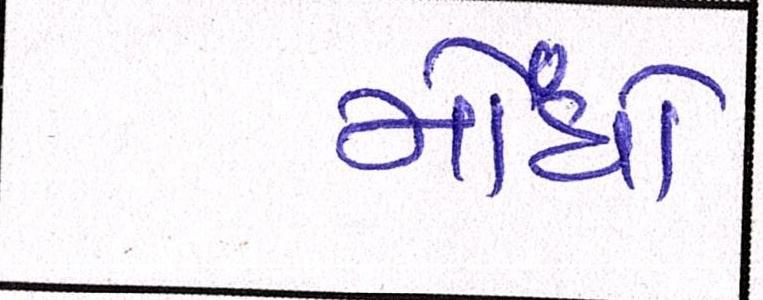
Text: મોંઘો